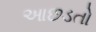
આછડતો